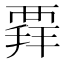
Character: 𧟲